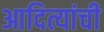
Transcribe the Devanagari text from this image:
आदित्यांची